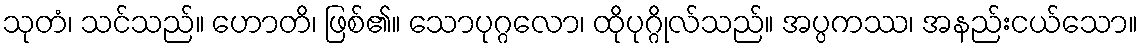
သုတံ၊ သင်သည်။ ဟောတိ၊ ဖြစ်၏။ သောပုဂ္ဂလော၊ ထိုပုဂ္ဂိုလ်သည်။ အပ္ပကဿ၊ အနည်းငယ်သော။